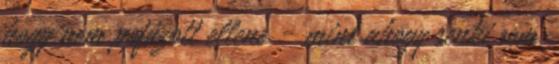
hogy nem pofázott ellene - mint ahogy senki sem.